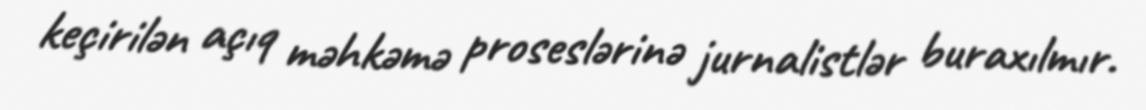
keçirilən açıq məhkəmə proseslərinə jurnalistlər buraxılmır.